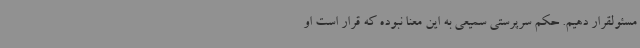
مسئولقرار دهیم. حکم سرپرستی سمیعی به این معنا نبوده که قرار است او